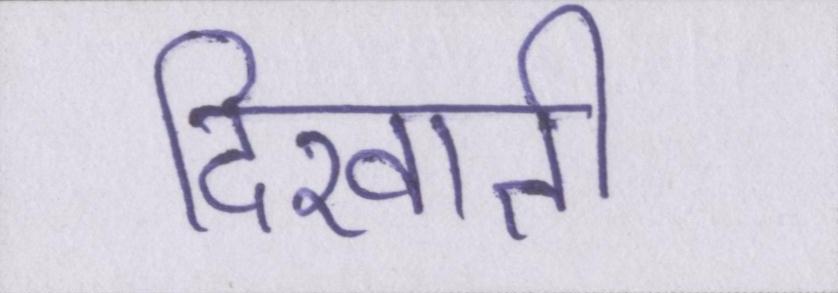
दिखाती